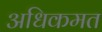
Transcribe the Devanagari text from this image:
अधिकमत